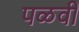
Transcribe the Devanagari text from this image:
पळवी